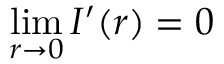
\operatorname* { l i m } _ { r \to 0 } I ^ { \prime } ( r ) = 0